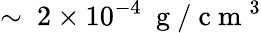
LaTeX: \sim~2\times 10^{-4}~\mathrm{~g~}/\mathrm{~c~m~}^{3}